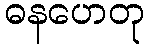
ဓနဟေတု